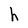
Character: h